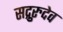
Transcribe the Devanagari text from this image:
सद्गुरुदेव